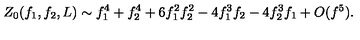
Z _ { 0 } ( f _ { 1 } , f _ { 2 } , L ) \sim f _ { 1 } ^ { 4 } + f _ { 2 } ^ { 4 } + 6 f _ { 1 } ^ { 2 } f _ { 2 } ^ { 2 } - 4 f _ { 1 } ^ { 3 } f _ { 2 } - 4 f _ { 2 } ^ { 3 } f _ { 1 } + O ( f ^ { 5 } ) .